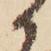
候